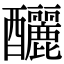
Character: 釃